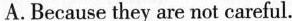
A. Because they are not careful.